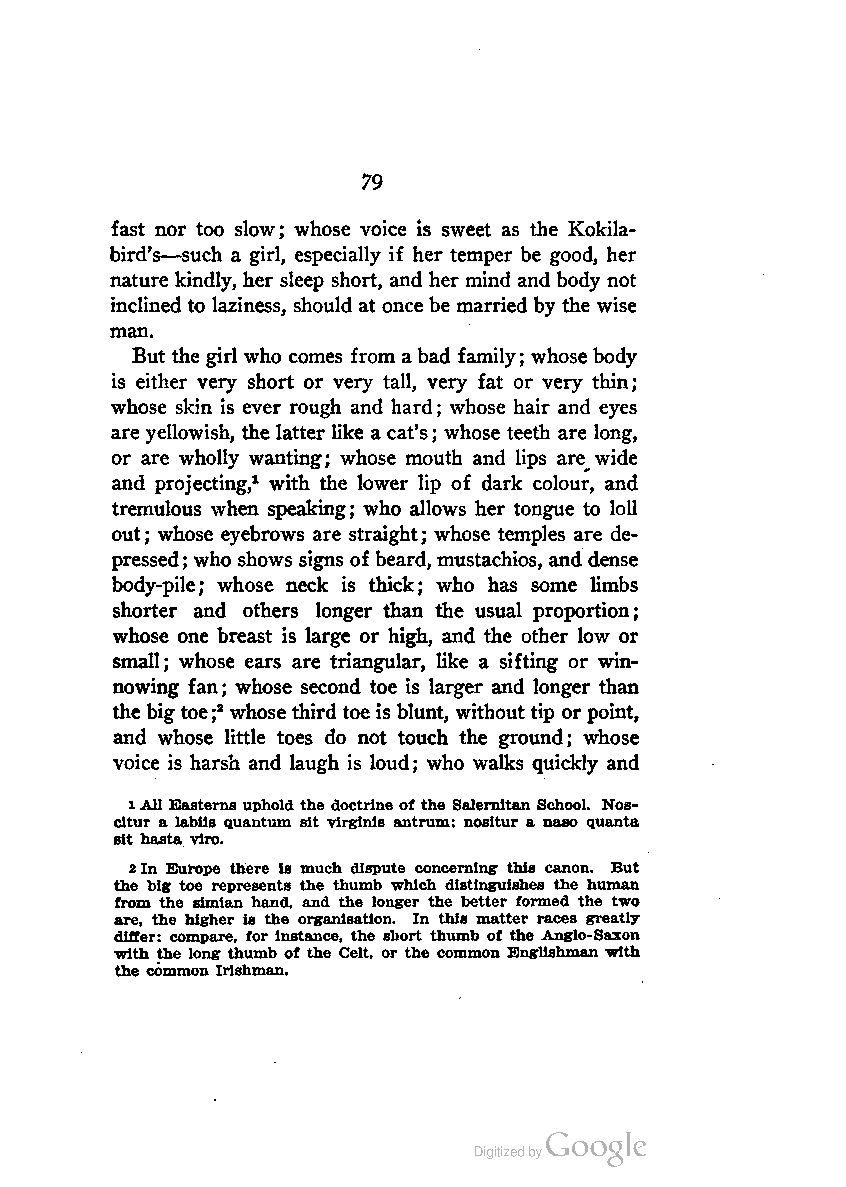
79
 fast nor too slow; whose voice is sweet as the Kokila-
 bird's—such a girl, especially if her temper be good, her
 nature kindly, her sleep short, and her mind and body not
 inclined to laziness, should at once be married by the wise
 man.
 But the girl who comes from abad family; whose body
 is either very short or very tall, very fat or very thin;
 whose skin is ever rough and hard; whose hair and eyes
 are yellowish, the latter like a cat's; whose teeth are long,
 or are wholly wanting; whose mouth and lips are wide
 and projecting,1 with the lower lip of dark colour, and
 tremulous when speaking; who allows her tongue to loll
 out; whose eyebrows are straight; whose temples are de
 pressed; who shows signs of beard, mustachios, and dense
 body-pile; whose neck is thick; who has some limbs
 shorter and others longer than the usual proportion;
 whose one breast is large or high, and the other low or
 small; whose ears are triangular, like a sifting or win
 nowing fan; whose second toe is larger and longer than
 thebigtoe;2 whosethird toe is blunt, withouttip orpoint,
 and whose little toes do not touch the ground; whose
 voice is harsh and laugh is loud; who walks quickly and
 1All Easterns uphold the doctrine of the Salernltan School. Nos-
 cltur a labils quantum sit Virginia antrum: nositur a naso quanta
 sit hasta Tiro.
 2In Europe there is much dispute concerning this canon. But
 the big toe represents the thumb which distinguishes the human
 from the simian hand, and the longer the better formed the two
 are, the higher is the organisation. In this matter races greatly
 differ: compare, for instance, the short thumb of the Anglo-Saxon
 with the long thumb of the Celt, or the common Englishman with
 the common Irishman.